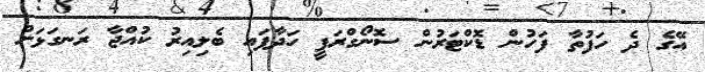
އޭގެ ދެ ހަފުތާ ފަހުން ޑޮކްޓަރުން ސޮނޯގްރަފީ ހަދާފައި ބެލިއިރު ކުއްޖާ ރަނގަޅަށް